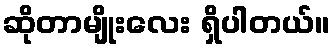
ဆိုတာမျိုးလေး ရှိပါတယ်။